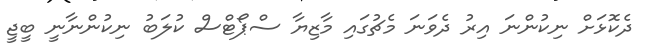
ދެކޮޅަށް ނިކުންނަ އިރު ދެވަނަ މެޗުގައި މާޒިޔާ ސްޕޯޓްސް ކުލަބު ނިކުންނާނީ ބީޖީ